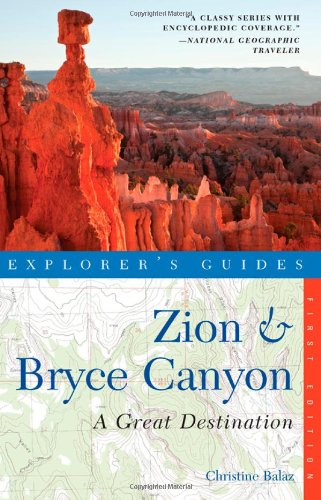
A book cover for Explorer's Guide Zion & Bryce Canyon: A Great Destination (Explorer's Great Destinations); Christine Balaz; Travel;